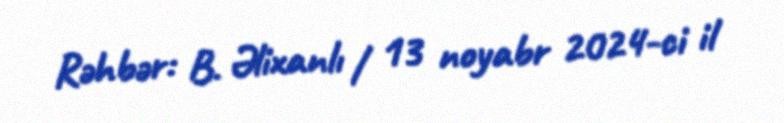
Rəhbər: B. Əlixanlı / 13 noyabr 2024-ci il